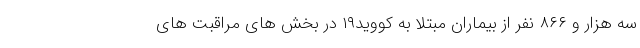
سه هزار و ۸۶۶ نفر از بیماران مبتلا به کووید۱۹ در بخش های مراقبت های